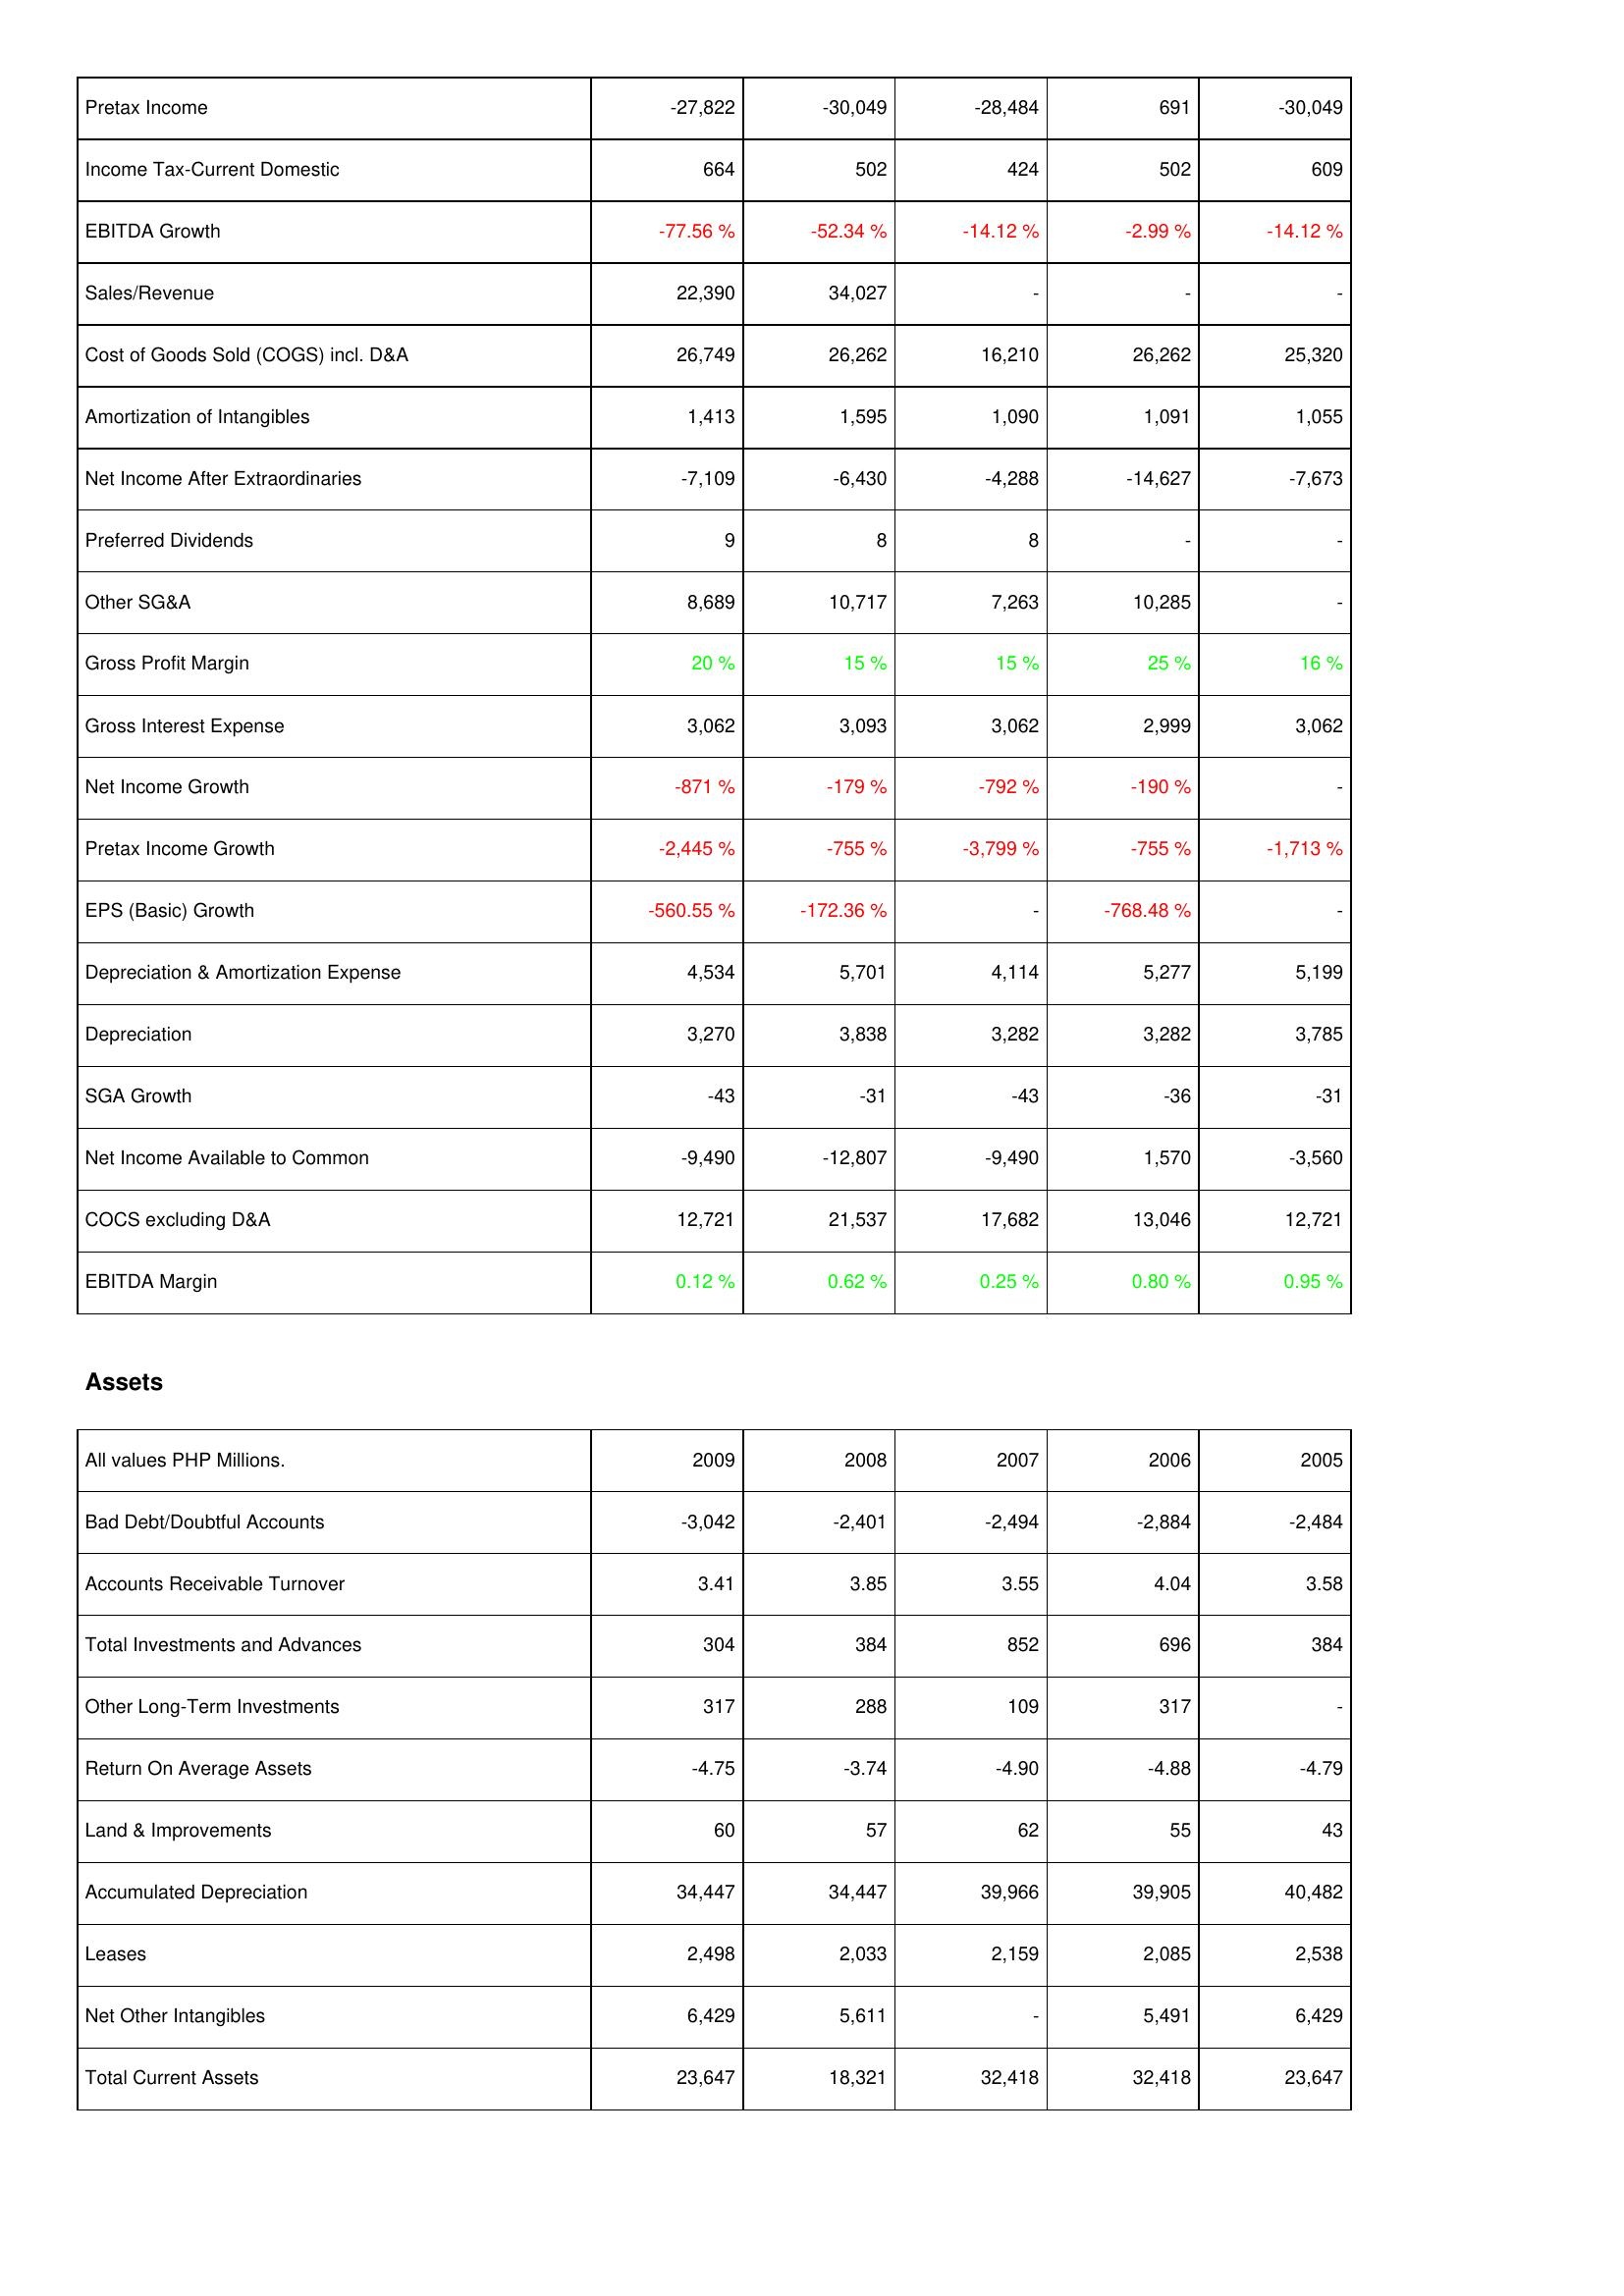
2009: Income Statement: Pretax Income: -27,822
Income Tax-Current Domestic: 664
EBITDA Growth: -77.56 %
Sales/Revenue: 22,390
Cost of Goods Sold (COGS) incl. D&A: 26,749
Amortization of Intangibles: 1,413
Net Income After Extraordinaries: -7,109
Preferred Dividends: 9
Other SG&A: 8,689
Gross Profit Margin: 20 %
Gross Interest Expense: 3,062
Net Income Growth: -871 %
Pretax Income Growth: -2,445 %
EPS (Basic) Growth: -560.55 %
Depreciation & Amortization Expense: 4,534
Depreciation: 3,270
SGA Growth: -43
Net Income Available to Common: -9,490
COCS excluding D&A: 12,721
EBITDA Margin: 0.12 %
Assets: Bad Debt/Doubtful Accounts: -3,042
Accounts Receivable Turnover: 3.41
Total Investments and Advances: 304
Other Long-Term Investments: 317
Return On Average Assets: -4.75
Land & Improvements: 60
Accumulated Depreciation: 34,447
Leases: 2,498
Net Other Intangibles: 6,429
Total Current Assets: 23,647
2008: Income Statement: Pretax Income: -30,049
Income Tax-Current Domestic: 502
EBITDA Growth: -52.34 %
Sales/Revenue: 34,027
Cost of Goods Sold (COGS) incl. D&A: 26,262
Amortization of Intangibles: 1,595
Net Income After Extraordinaries: -6,430
Preferred Dividends: 8
Other SG&A: 10,717
Gross Profit Margin: 15 %
Gross Interest Expense: 3,093
Net Income Growth: -179 %
Pretax Income Growth: -755 %
EPS (Basic) Growth: -172.36 %
Depreciation & Amortization Expense: 5,701
Depreciation: 3,838
SGA Growth: -31
Net Income Available to Common: -12,807
COCS excluding D&A: 21,537
EBITDA Margin: 0.62 %
Assets: Bad Debt/Doubtful Accounts: -2,401
Accounts Receivable Turnover: 3.85
Total Investments and Advances: 384
Other Long-Term Investments: 288
Return On Average Assets: -3.74
Land & Improvements: 57
Accumulated Depreciation: 34,447
Leases: 2,033
Net Other Intangibles: 5,611
Total Current Assets: 18,321
2007: Income Statement: Pretax Income: -28,484
Income Tax-Current Domestic: 424
EBITDA Growth: -14.12 %
Sales/Revenue: -
Cost of Goods Sold (COGS) incl. D&A: 16,210
Amortization of Intangibles: 1,090
Net Income After Extraordinaries: -4,288
Preferred Dividends: 8
Other SG&A: 7,263
Gross Profit Margin: 15 %
Gross Interest Expense: 3,062
Net Income Growth: -792 %
Pretax Income Growth: -3,799 %
EPS (Basic) Growth: -
Depreciation & Amortization Expense: 4,114
Depreciation: 3,282
SGA Growth: -43
Net Income Available to Common: -9,490
COCS excluding D&A: 17,682
EBITDA Margin: 0.25 %
Assets: Bad Debt/Doubtful Accounts: -2,494
Accounts Receivable Turnover: 3.55
Total Investments and Advances: 852
Other Long-Term Investments: 109
Return On Average Assets: -4.90
Land & Improvements: 62
Accumulated Depreciation: 39,966
Leases: 2,159
Net Other Intangibles: -
Total Current Assets: 32,418
2006: Income Statement: Pretax Income: 691
Income Tax-Current Domestic: 502
EBITDA Growth: -2.99 %
Sales/Revenue: -
Cost of Goods Sold (COGS) incl. D&A: 26,262
Amortization of Intangibles: 1,091
Net Income After Extraordinaries: -14,627
Preferred Dividends: -
Other SG&A: 10,285
Gross Profit Margin: 25 %
Gross Interest Expense: 2,999
Net Income Growth: -190 %
Pretax Income Growth: -755 %
EPS (Basic) Growth: -768.48 %
Depreciation & Amortization Expense: 5,277
Depreciation: 3,282
SGA Growth: -36
Net Income Available to Common: 1,570
COCS excluding D&A: 13,046
EBITDA Margin: 0.80 %
Assets: Bad Debt/Doubtful Accounts: -2,884
Accounts Receivable Turnover: 4.04
Total Investments and Advances: 696
Other Long-Term Investments: 317
Return On Average Assets: -4.88
Land & Improvements: 55
Accumulated Depreciation: 39,905
Leases: 2,085
Net Other Intangibles: 5,491
Total Current Assets: 32,418
2005: Income Statement: Pretax Income: -30,049
Income Tax-Current Domestic: 609
EBITDA Growth: -14.12 %
Sales/Revenue: -
Cost of Goods Sold (COGS) incl. D&A: 25,320
Amortization of Intangibles: 1,055
Net Income After Extraordinaries: -7,673
Preferred Dividends: -
Other SG&A: -
Gross Profit Margin: 16 %
Gross Interest Expense: 3,062
Net Income Growth: -
Pretax Income Growth: -1,713 %
EPS (Basic) Growth: -
Depreciation & Amortization Expense: 5,199
Depreciation: 3,785
SGA Growth: -31
Net Income Available to Common: -3,560
COCS excluding D&A: 12,721
EBITDA Margin: 0.95 %
Assets: Bad Debt/Doubtful Accounts: -2,484
Accounts Receivable Turnover: 3.58
Total Investments and Advances: 384
Other Long-Term Investments: -
Return On Average Assets: -4.79
Land & Improvements: 43
Accumulated Depreciation: 40,482
Leases: 2,538
Net Other Intangibles: 6,429
Total Current Assets: 23,647